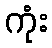
ကုံး